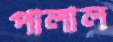
পালাল